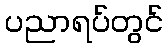
ပညာရပ်တွင်